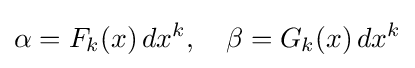
\alpha =F_{k}(x)\,dx^{k},\quad \beta =G_{k}(x)\,dx^{k}